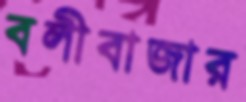
বলীবাজার